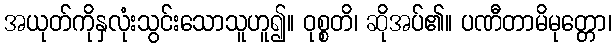
အယုတ်ကိုနှလုံးသွင်းသောသူဟူ၍။ ဝုစ္စတိ၊ ဆိုအပ်၏။ ပဏီတာမိမုတ္တော၊